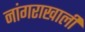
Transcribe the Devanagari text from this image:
नांगराखाली